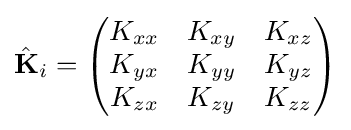
{{\hat {\mathbf {K} }}_{i}}=\left({\begin{matrix}{{K}_{xx}}&{{K}_{xy}}&{{K}_{xz}}\\{{K}_{yx}}&{{K}_{yy}}&{{K}_{yz}}\\{{K}_{zx}}&{{K}_{zy}}&{{K}_{zz}}\\\end{matrix}}\right)